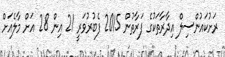
ރަށުކައުންސިލް އިދާރާތަކުގެ ފަރާތުން 2015 ފެބުރުވަރީ 21 އިން 28 އަށް މާލެއަށް